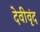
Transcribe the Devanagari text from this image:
देवीवृंद